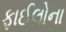
ફાઈલોના